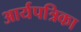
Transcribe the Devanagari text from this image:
आर्यपत्रिका